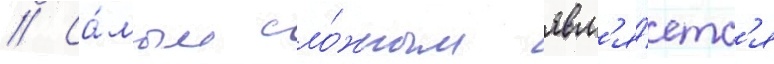
// Са́мым сло́жным явл'я́етс'я